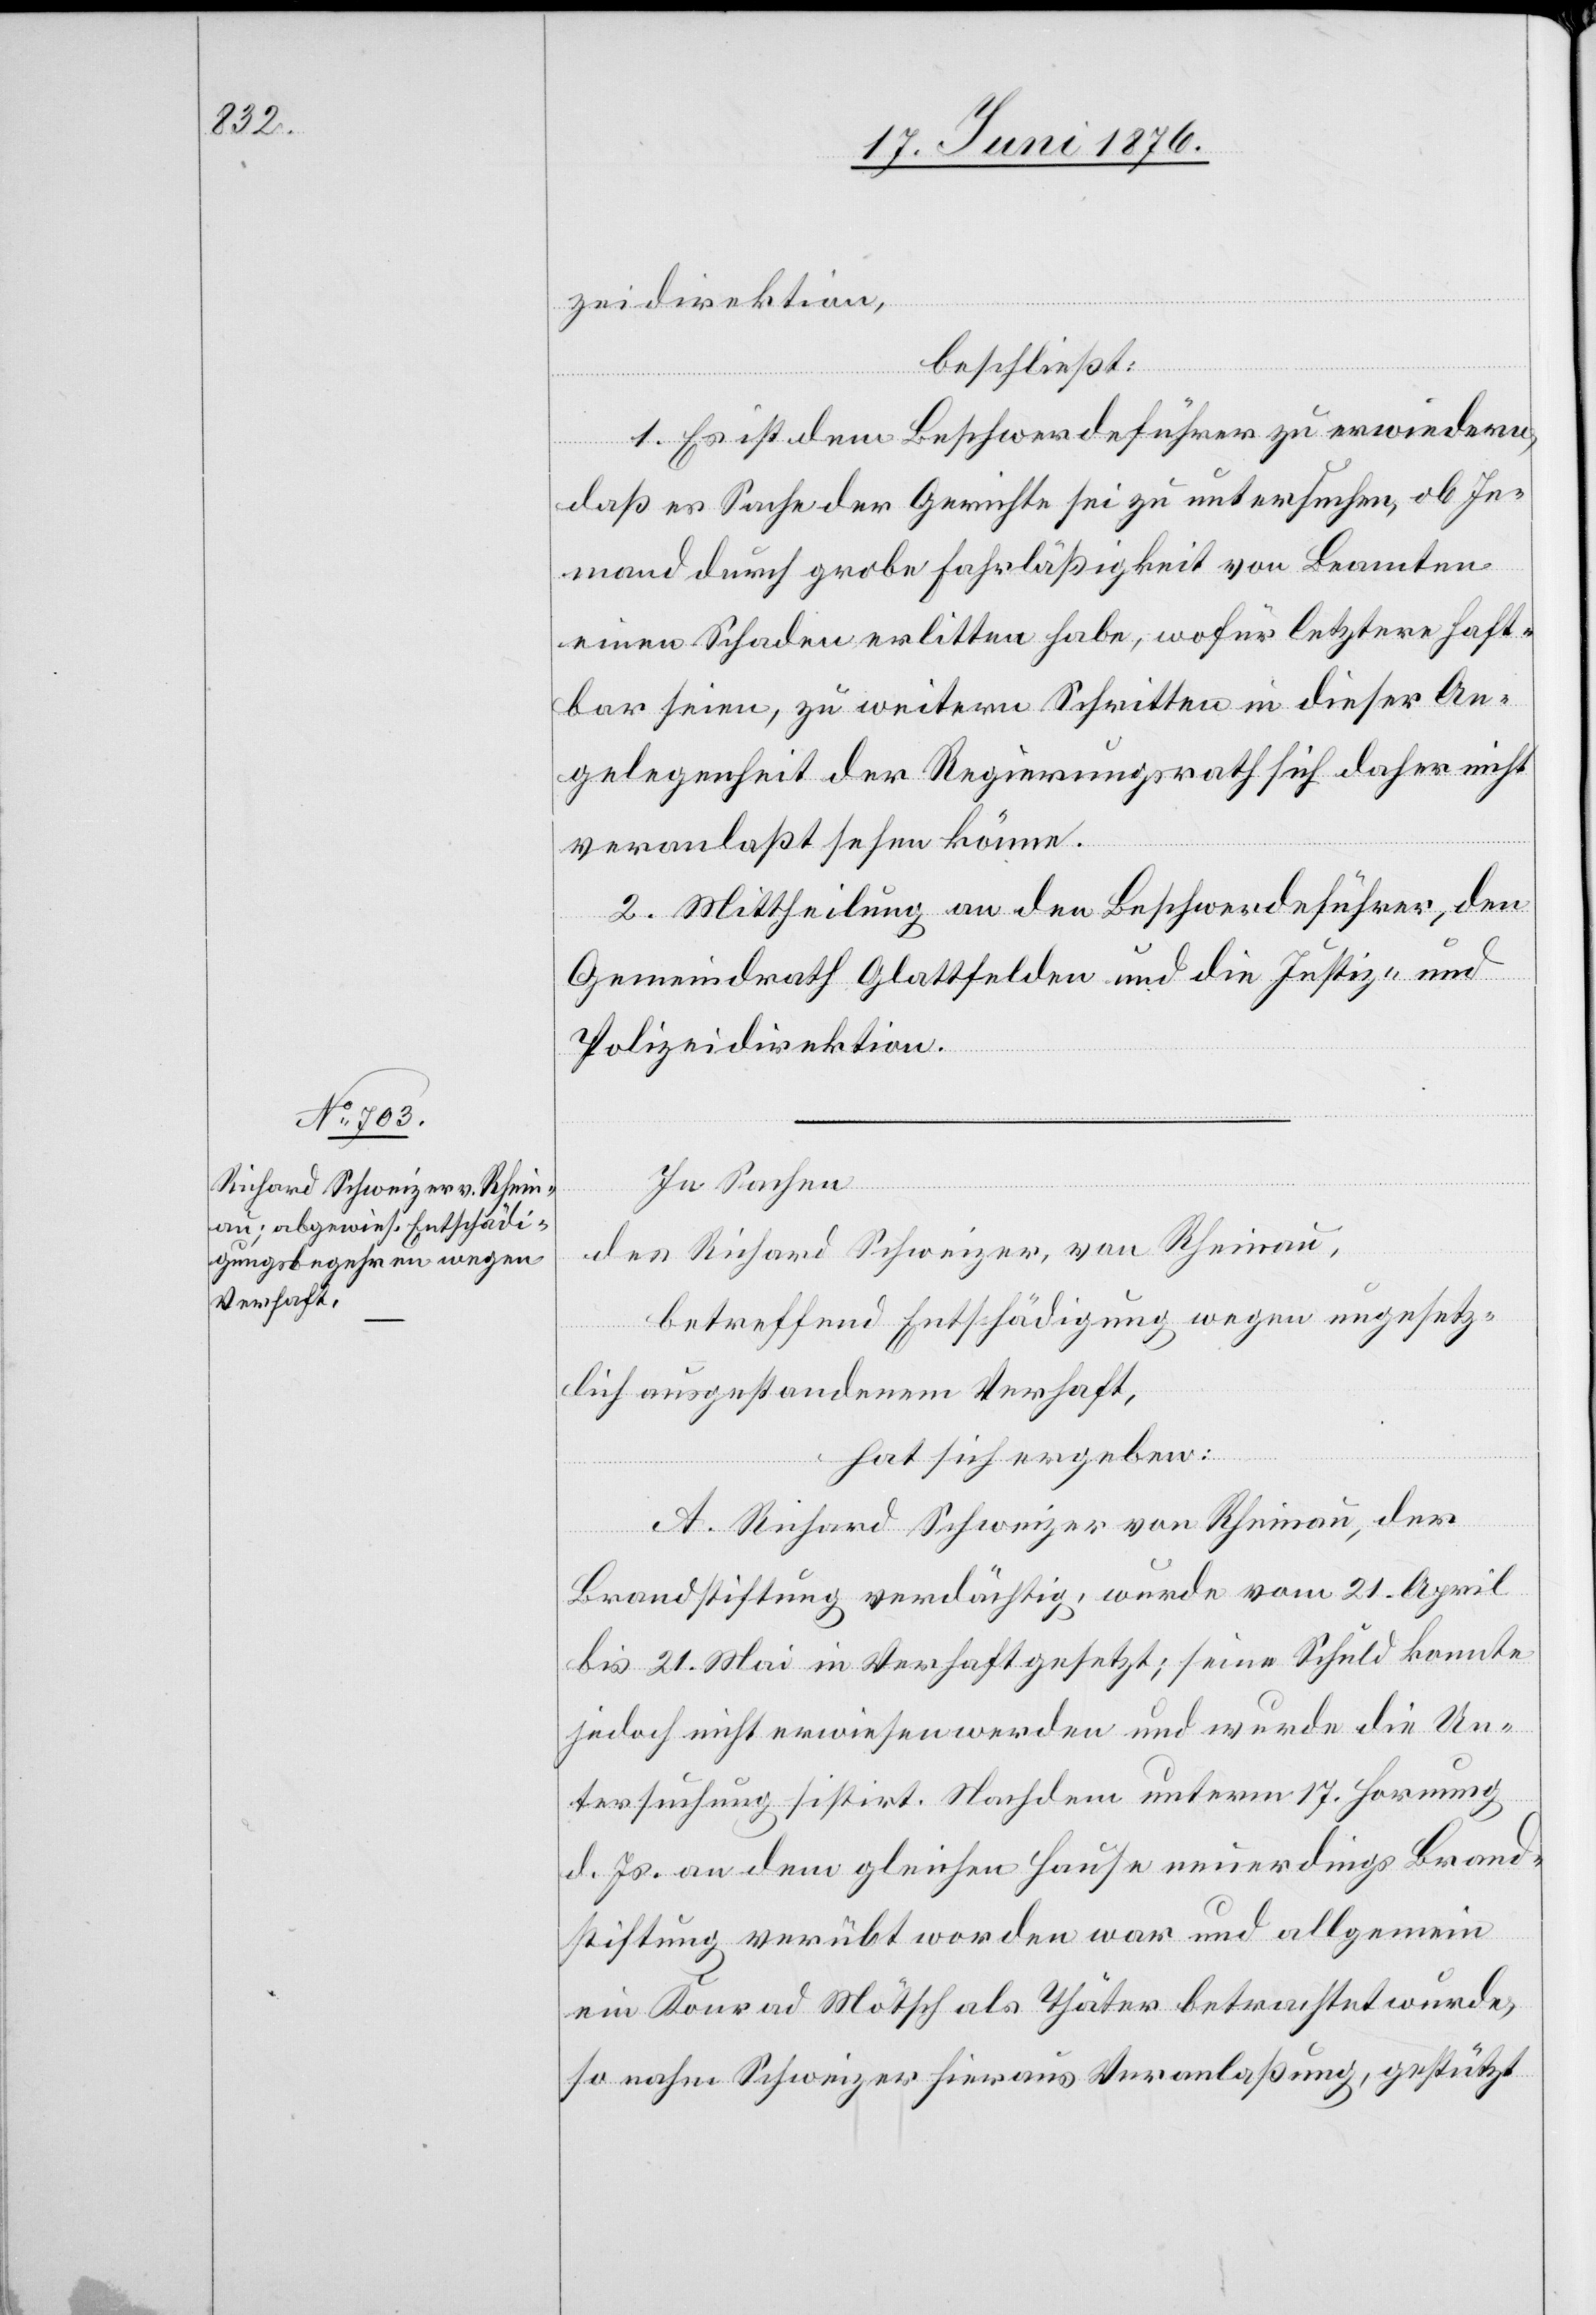
zeidirektion,
beschließt:
1. Es ist dem Beschwerdeführer zu erwiedern,
daß es Sache der Gerichte sei zu untersuchen, ob Je¬
mand durch grobe Fahrläßigkeit von Beamten
einen Schaden erlitten habe, wofür letztere haft¬
bar seien, zu weitern Schritten in dieser An¬
gelegenheit der Regierungsrath sich daher nicht
veranlaßt sehen könne.
2. Mittheilung an den Beschwerdeführer, den
Gemeindrath Glattfelden und die Justiz- und
Polizeidirektion.
In Sachen
des Richard Schweizer, von Rheinau,
betreffend Entschädigung wegen ungesetz¬
lich ausgestandenem Verhaft,
hat sich ergeben:
A. Richard Schweizer von Rheinau, der
Brandstiftung verdächtig, wurde vom 21. April
bis 21. Mai in Verhaft gesetzt; seine Schuld konnte
jedoch nicht erwiesen werden und es wurde die Un¬
tersuchung sistirt. Nachdem unterm 17. Hornung
d. Js. an dem gleichen Hause neuerdings Brand¬
stiftung verübt worden war und allgemein
ein Konrad Mötsch als Thäter betrachtet wurde,
so nahm Schweizer hieraus Veranlaßung, gestützt